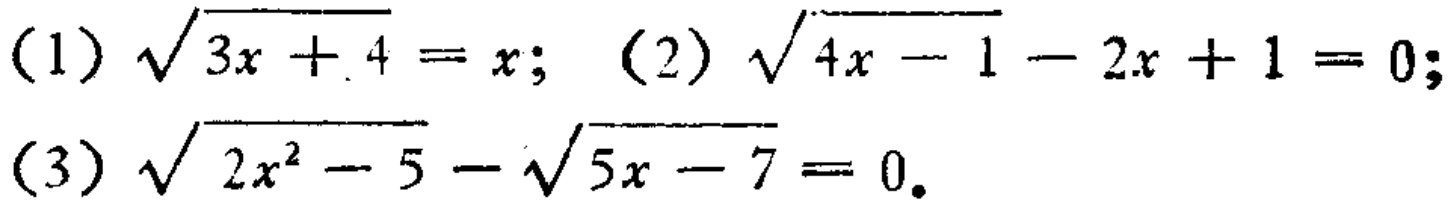
(1) \(\sqrt{3x + 4}=x\); (2) \(\sqrt{4x - 1}-2x + 1 = 0\); (3) \(\sqrt{2x^{2}-5}-\sqrt{5x - 7}=0\)